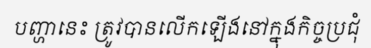
បញ្ហានេះ ត្រូវបានលើកឡើងនៅក្នុងកិច្ចប្រជុំ